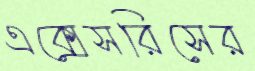
এক্সেসরিসের